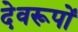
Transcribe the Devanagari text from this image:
देवरूपों